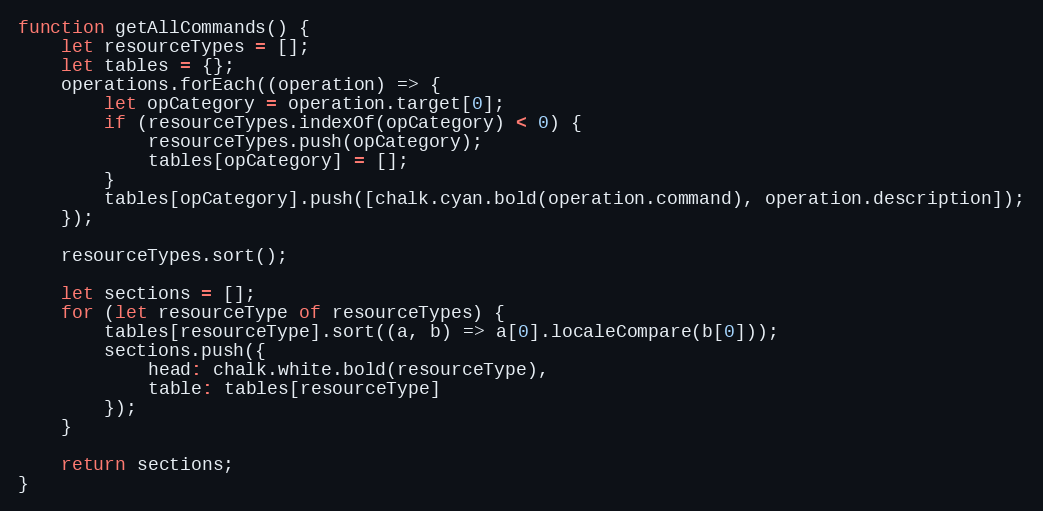
Language: JavaScript
function getAllCommands() {
    let resourceTypes = [];
    let tables = {};
    operations.forEach((operation) => {
        let opCategory = operation.target[0];
        if (resourceTypes.indexOf(opCategory) < 0) {
            resourceTypes.push(opCategory);
            tables[opCategory] = [];
        }
        tables[opCategory].push([chalk.cyan.bold(operation.command), operation.description]);
    });

    resourceTypes.sort();

    let sections = [];
    for (let resourceType of resourceTypes) {
        tables[resourceType].sort((a, b) => a[0].localeCompare(b[0]));
        sections.push({
            head: chalk.white.bold(resourceType),
            table: tables[resourceType]
        });
    }

    return sections;
}